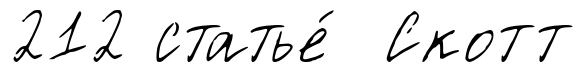
212 статье́ Скотт